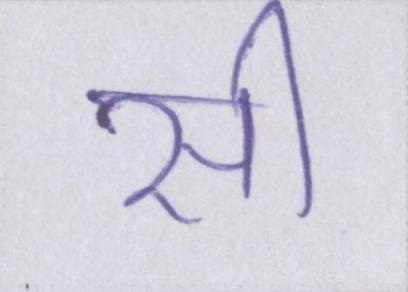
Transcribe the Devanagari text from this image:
सी